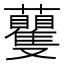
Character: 𧅚